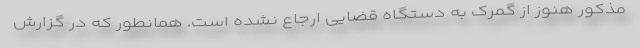
مذکور هنوز از گمرک به دستگاه قضایی ارجاع نشده است. همانطور که در گزارش